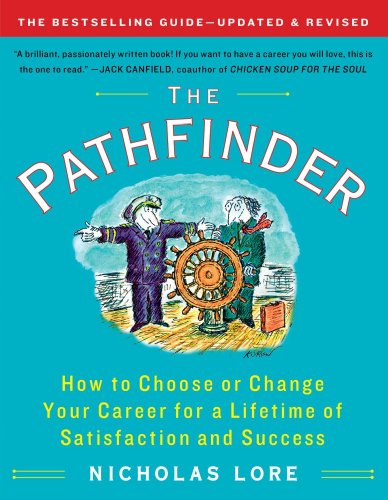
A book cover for The Pathfinder: How to Choose or Change Your Career for a Lifetime of Satisfaction and Success (Touchstone Books); Nicholas Lore; Self-Help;